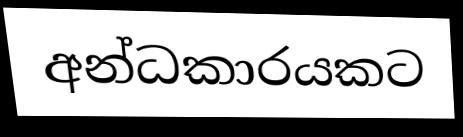
අන්ධකාරයකට